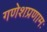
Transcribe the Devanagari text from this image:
गणेशप्रणामः